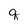
Character: q